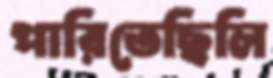
পারিতেছিলি